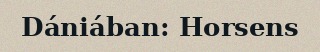
Dániában: Horsens